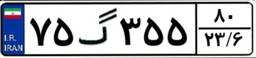
۷۵گ۳۵۵۸۰